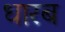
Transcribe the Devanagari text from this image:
धारब